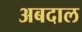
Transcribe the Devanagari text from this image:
अबदाल